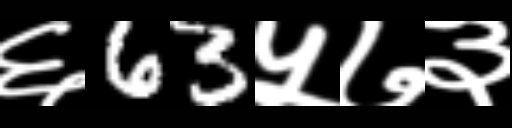
Text: ६63५७३